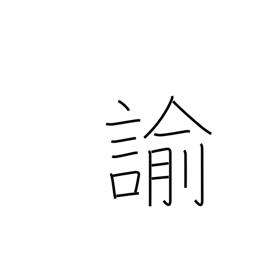
Meaning: rebuke